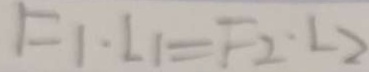
F _ { 1 } \cdot L _ { 1 } = F _ { 2 } \cdot L _ { 2 }